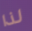
لذا